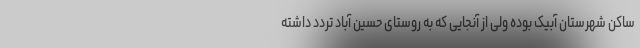
ساکن شهرستان آبیک بوده ولی از آنجایی که به روستای حسین آباد تردد داشته